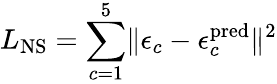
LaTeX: L_{\mathrm{NS}}=\sum_{c=1}^{5}\lVert\epsilon_{c}-\epsilon_{c}^{\mathrm{pred}}\rVert^{2}